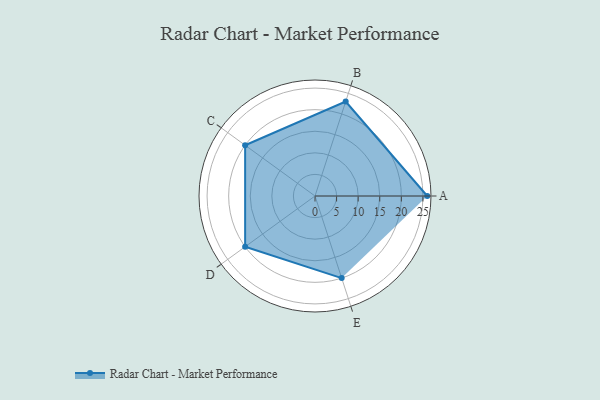
{"axis": {"x": "Skill", "y": "Score"}, "legend": ["Profile"], "data": [{"x": "A", "y": 26.0, "type": "Profile"}, {"x": "B", "y": 23.0, "type": "Profile"}, {"x": "C", "y": 20, "type": "Profile"}, {"x": "D", "y": 20, "type": "Profile"}, {"x": "E", "y": 20, "type": "Profile"}]}